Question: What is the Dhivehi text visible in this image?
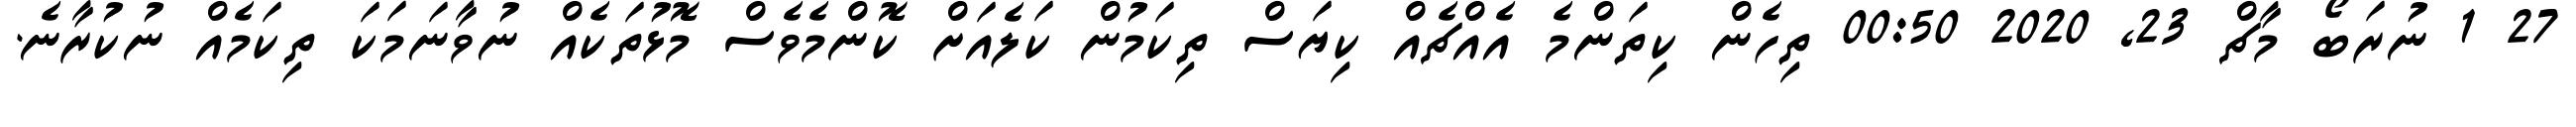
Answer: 27 1 ނުރަބޯ މާޗް 23, 2020 00:50 ތިހެން ކިތަންމެ އެއްޗެއް ކިޔަސް ތިކަމުން ކަލެއަށް ކޮންމެވެސް މޮޅުތަކެއް ނުވާނަމަކަ ތިކަމެއް ނުކުރާނެ.